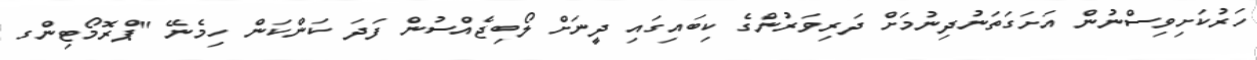
ހަރުކަށިވިސްނުން އަށަގަތަނުދިނުމަށް ދަރިވަރުންގެ ކިބައިގައި ދީނަށް ލޯބިޖެއްސުން ފަދަ ކަންކަން ހިމެނޭ "ޕްރޮމޯޓިންގ